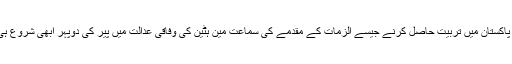
ان کے خلاف ٹائمز سکوائر میں ناکام بم کی تنصیب، وسیع تباہی پھیلانے کے منصوبے اور دہشتگردی کی پاکستان میں تربیت حاصل کرنے جیسے الزمات کے مقدمے کی سماعت مین ہٹین کی وفاقی عدالت میں پیر کی دوپہر ابھی شروع ہی ہوئی تھی کہ فیصل شہزاد کے وکیل دفاع ، استغاثہ کے وکیل اور جج کے درمیاں مشاورت شروع ہوگئی۔